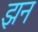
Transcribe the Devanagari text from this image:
झन